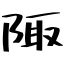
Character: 陬